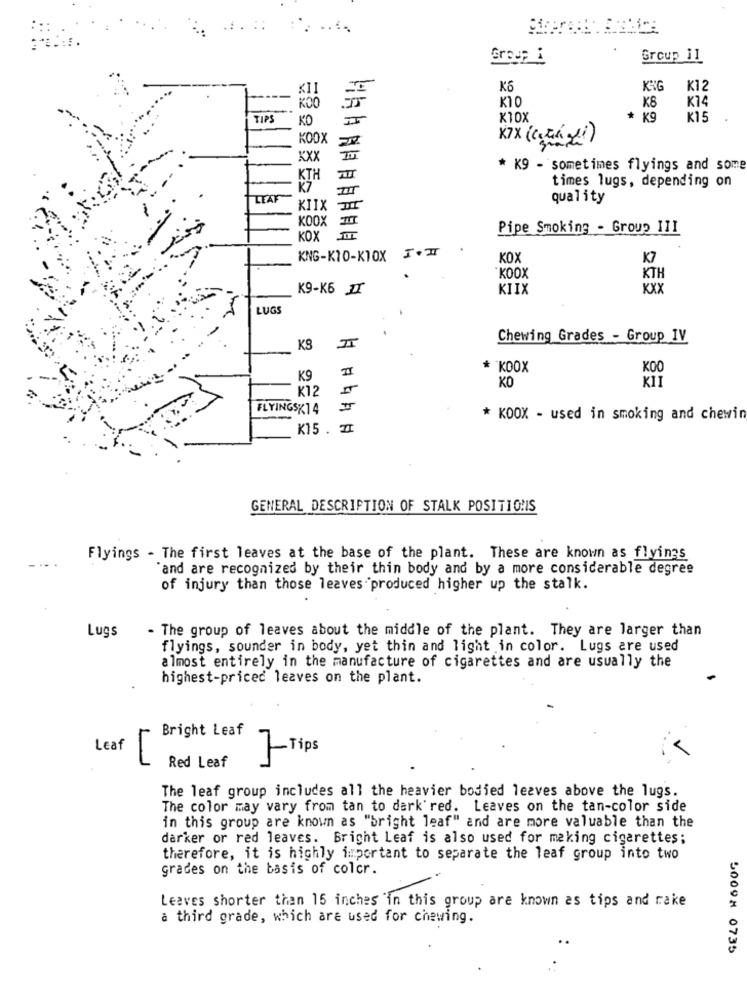
Group i
Group 11
K6
KIG
K12
-
KIO
K8
K74
KOO
TIP
X10X
K9
K15
KO
KOOX
K7X (Csak
xxx
III
* K9 - sometimes flyings and some
KTH
times lugs, depending on
ur
TEAM
quality
KIIX
III
KOOX
III
Pipe Smoking - Group III
KOX
III
.
KNG-K10-KIOX I+ II
KOX
K7
KOOX
KTH
K9-K6 II
KIIX
xxx
LUGS
Chewing Grades - Group IV
KS
II
II
* KDOX
KOO
K9
KO
K12
FLYINGSK14
II
* KDOX - used in smoking and chewin
K15 . Zł
GENERAL DESCRIPTION OF STALK POSITIONS
Flyings - The first leaves at the base of the plant. These are known as flyings
"and are recognized by their thin body and by a more considerable degree
of injury than those leaves produced higher up the stalk.
- The group of leaves about the middle of the plant. They are larger than
Lugs
flyings, sounder in body, yet thin and light in color. Lugs are used
almost entirely in the manufacture of cigarettes and are usually the
highest-priced leaves on the plant.
Bright Leaf
LEaf
]-Tips
Red Leaf
The leaf group includes all the heavier bodied leaves above the lugs.
The color may vary from tan to dark red. Leaves on the tan-color side
in this group are known as "bright leaf" and are more valuable than the
darker or red leaves. Bright Leaf is also used for making cigarettes;
therefore, it is highly important to separate the leaf group into two
grades on the basis of color.
Leaves shorter than 15 inches in this group are known as tips and rake
a third grade, which are used for chewing.
50098 0735